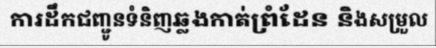
ការដឹកជញ្ជូនទំនិញឆ្លងកាត់ព្រំដែន និងសម្រួល